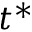
t ^ { * }